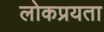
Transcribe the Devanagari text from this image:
लोकप्रयता